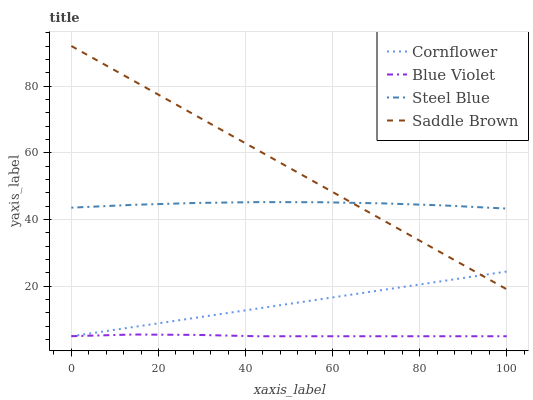
| xaxis_label | Cornflower | Blue Violet | Steel Blue | Saddle Brown |
 | --- | --- | --- | --- | --- |
 | 0 | 5 | 5.02 | 43.5 | 92 |
 | 14.3 | 7.77 | 5.52 | 44.4 | 81.6 |
 | 28.6 | 10.5 | 5.41 | 45 | 71.2 |
 | 42.9 | 13.3 | 5 | 45.2 | 60.7 |
 | 57.1 | 16.1 | 5 | 45.2 | 50.3 |
 | 71.4 | 18.9 | 5 | 44.8 | 39.9 |
 | 85.7 | 21.6 | 5 | 44.2 | 29.5 |
 | 100 | 24.4 | 5 | 43.3 | 19.1 |